Report on the bubonic plague in Bombay, 1896-1897
Year: 1896
Disease focus: Plague
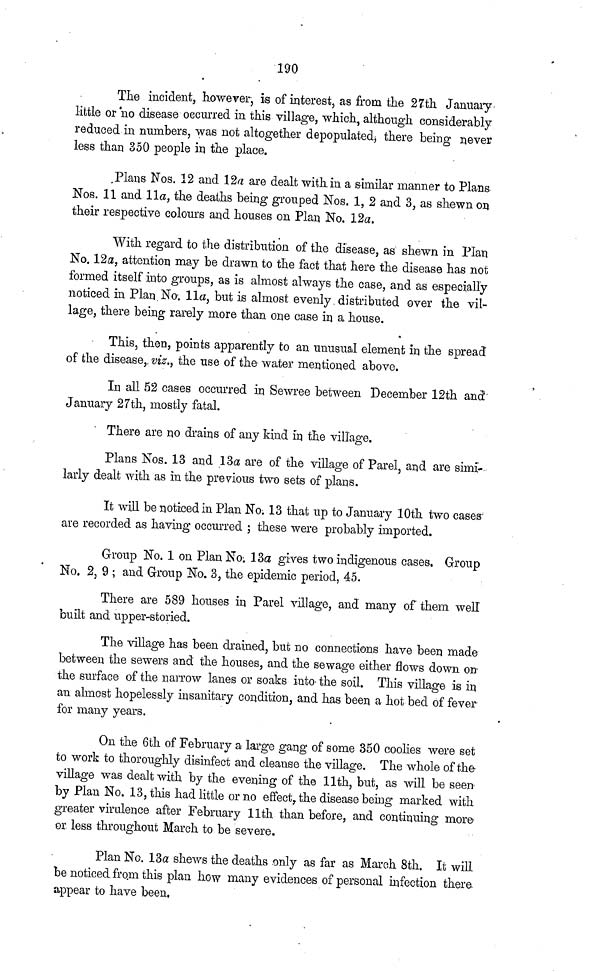
190
The incident, however, is of interest, as from the 27th January
little or no disease occurred in this village, which, although considerably
reduced in numbers, was not altogether depopulated; there being never
less than 350 people in the place.
Plans Nos. 12 and 12α are dealt with in a similar manner to Plans
Nos. 11 and 11a, the deaths being grouped Nos. 1, 2 and 3, as shewn on
their respective colours and houses on Plan No. 12a.
With regard to the distribution of the disease, as shewn in Plan
No. 12a, attention may be drawn to the fact that here the disease has not
formed itself into groups, as is almost always the case, and as especially
noticed in Plan No. 11α, but is almost evenly, distributed over the vil-
lage, there being rarely more than one case in a house.
This, then, points apparently to an unusual element in the spread
of the disease, viz., the use of the water mentioned above.
In all 52 cases occurred in Sewree between December 12th and
January 27th, mostly fatal.
There are no drains of any kind in the village.
Plans Nos. 13 and 13a are of the village of Parel, and are simi-
larly dealt with as in the previous two sets of plans.
It will be noticed in Plan No; 13 that up to January 10th two cases-
are recorded as having occurred ; these were probably imported.
Group No. 1 on Plan No. 13a gives two indigenous cases. Group
No. 2, 9 ; and Group No. 3, the epidemic period, 45.
There are 589 houses in Parel village, and many of them well
built and upper-storied.
The village has been drained, but no connections have been made
between the sewers and the houses, and the sewage either flows down on
the surface of the narrow lanes or soaks into the soil. This village is in
an almost hopelessly insanitary condition, and has been a hot bed of fever
for many years.
On the 6th of February a large gang of some 350 coolies were set
to work to thoroughly disinfect and cleanse the village. The whole of the
village was dealt with by the evening of the 11th, but, as will be seen
by Plan No. 13, this had little or no effect, the disease being marked with
greater virulence after February 11th than before, and continuing more-
or less throughout March to be severe.
Plan No. 13α shews the deaths only as far as March 8th. It will
be noticed from, this plan how many evidences of personal infection there
appear to have been.